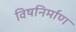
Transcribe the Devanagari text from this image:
विषनिर्माण